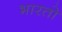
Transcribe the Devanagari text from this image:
भारताे